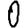
Digit: 0